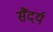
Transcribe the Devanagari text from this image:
सैंदर्य